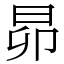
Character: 昴